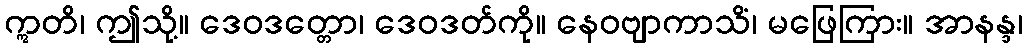
ဣတိ၊ ဤသို့။ ဒေဝဒတ္တော၊ ဒေဝဒတ်ကို။ နေဝဗျာကာသိံ၊ မဖြေကြား။ အာနန္ဒ၊